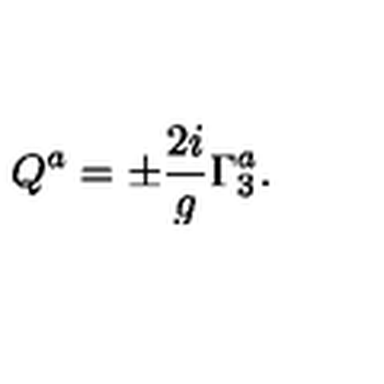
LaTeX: Q ^ { a } = \pm { \frac { 2 i } { g } } \Gamma _ { 3 } ^ { a } .